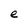
Character: e